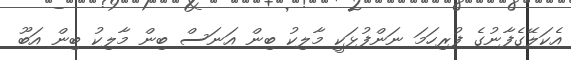
އެކަލޭގެފާނުގެ ފުރިހަމަ ނަންފުޅަކީ މާލިކު ބިން އަނަސް ބިން މާލިކު ބިން އަބޫ